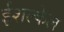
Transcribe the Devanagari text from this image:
ईशल्केल